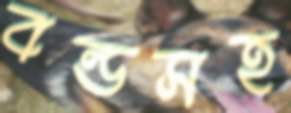
বন্ডসহ